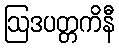
ဩဒပတ္တကိနီ